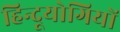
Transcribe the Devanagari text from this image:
हिन्दूयोगियों